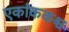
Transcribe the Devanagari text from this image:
एकांककश्च